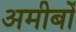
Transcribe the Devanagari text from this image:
अमीबों